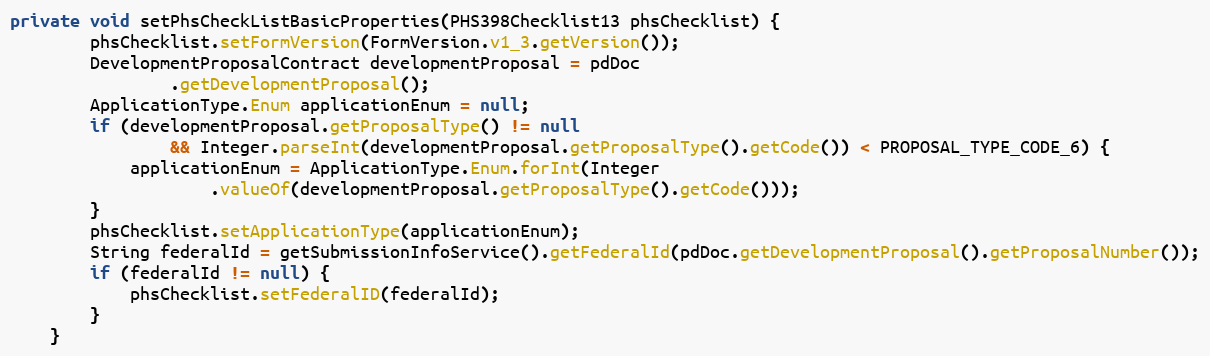
Language: Java
private void setPhsCheckListBasicProperties(PHS398Checklist13 phsChecklist) {
		phsChecklist.setFormVersion(FormVersion.v1_3.getVersion());
		DevelopmentProposalContract developmentProposal = pdDoc
				.getDevelopmentProposal();
		ApplicationType.Enum applicationEnum = null;
		if (developmentProposal.getProposalType() != null
				&& Integer.parseInt(developmentProposal.getProposalType().getCode()) < PROPOSAL_TYPE_CODE_6) {
			applicationEnum = ApplicationType.Enum.forInt(Integer
					.valueOf(developmentProposal.getProposalType().getCode()));
		}
		phsChecklist.setApplicationType(applicationEnum);
		String federalId = getSubmissionInfoService().getFederalId(pdDoc.getDevelopmentProposal().getProposalNumber());
		if (federalId != null) {
			phsChecklist.setFederalID(federalId);
		}
	}